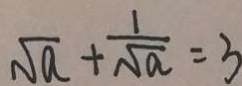
\sqrt { a } + \frac { 1 } { \sqrt { a } } = 3